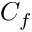
C _ { f }